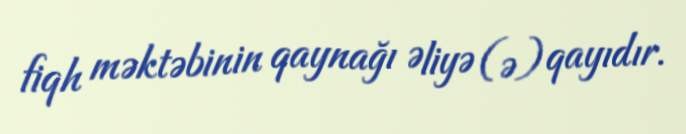
fiqh məktəbinin qaynağı Əliyə (ə) qayıdır.